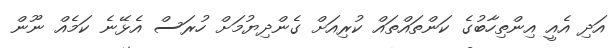
އަދި އެއީ އިންތިހާބުގެ ކަންތައްތައް ކުރިއަށް ގެންދިޔުމަށް ހުރަސް އެޅޭނެ ކަމެއް ނޫން